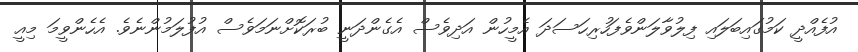
އުފެއްދީ ކަމުގައިބަލައި ފިލުވާލަންވެފަހުރިހަސަދަ އެމީހުން އަދިވެސް އެގެންދަނީ ބުރަކޮށްނަމަވެސް އުފުލަމުންނެވެ. އެހެންވީމަ މިއީ